Lunatic asylums Madras 1877-1891 - 1877-1891
Year: 1877
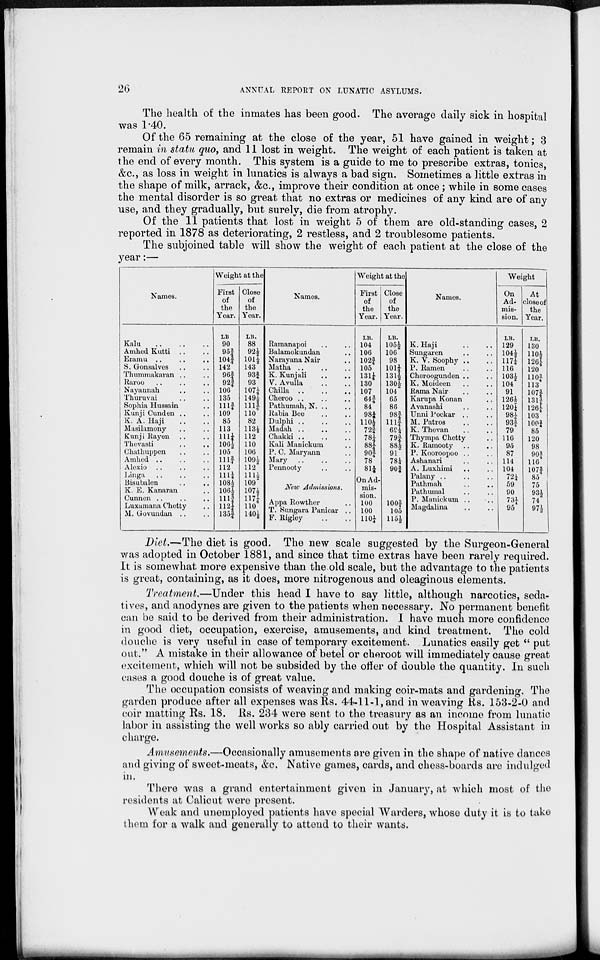
26
ANNUAL REPORT ON LUNATIC ASYLUMS.
The health of the inmates has been good. The average daily sick in hospital
was 1.40.
Of the 65 remaining at the close of the year, 51 have gained in weight; 3
remain in statu quo, and 11 lost in weight. The weight of each patient is taken at
the end of every month. This system is a guide to me to prescribe extras, tonics,
&c., as loss in weight in lunatics is always a bad sign. Sometimes a little extras in
the shape of milk, arrack, &c., improve their condition at once; while in some cases
the mental disorder is so great that no extras or medicines of any kind are of any
use, and they gradually, but surely, die from atrophy.
Of the 11 patients that lost in weight 5 of them are old-standing cases, 2
reported in 1878 as deteriorating, 2 restless, and 2 troublesome patients.
The subjoined table will show the weight of each patient at the close of the
year:—
Names.
Kalu
..
..
..
Amhed Kutti .. ..
Eramu .. .. ..
S. Gonsalves .. ..
Thummakaran .. ..
Raroo .. .. ..
Nayannah .. ..
Thuruvai .. ..
Sophia Hussain ..
Kunji Cunden .. ..
K. A. Haji .. ..
Masilamony .. ..
Kunji Rayen .. ..
Thevasti
..
..
Chathuppen .. ..
Amhed .. .. ..
Alexio .. .. ..
Linga .. .. ..
Bisubalen .. ..
K. E. Kanaran ..
Cunnen .. .. ..
Luxamana Chetty
..
M. Govundan .. ..
Weight at the
First
of
the
Year.
LB
90
95 ¾
104 ¾
142
96¾
92 ¾
106
135
111 ¾
109
85
113
111 ¼
106 ½
105
111 ¾
112
111 ¼
108 ½
106 ½
111 ¾
112 ¼
135 ¾
Close
of
the
Year.
LB.
88
92 ½
101 ½
143
93¾
93
107 ¼
149 ½
111 ¾
110
82
113 ½
112
110
106
109 ½
112
111 ½
109
107 ½
117 ¼
110
140 ½
Names.
Ramanapoi .. ..
Balamokundan ..
Narayana Nair ..
Matha
..
..
..
K. Kunjali .. ..
V. Avulla .. ..
Chilla
..
..
..
Cheroo .. .. ..
Pathumah, N. .. ..
Rabia Bee .. ..
Dulphi
..
..
..
Madah .. .. ..
Chakki .. .. ..
Kali Manickum ..
P. C. Maryann ..
Mary .. .. ..
Pennooty .. ..
New Admissions.
Appa Rowther ..
T. Sungara Panicar ..
F. Rigley .. ..
Weight at the
First
of
the
Year.
LB.
104
106
102 ¾
105
131 ¼
130
107
64 ¾
84
98 ¼
110 ½
72 ¾
78 ¼
88 ¼
90 ¾
78
81 ¼
On Ad-
mis-
sion.
100
100
110 ¼
Close
of
the
Year.
LB.
105 ½
106
98
101 ¼
131 ½
130 ½
104
65
86
98 ¾
111 ¾
69 ¼
79 ¾
88 ½
91
78 ¼
90 ¾
100 ¾
105
115 ½
Names.
K. Haji .. ..
Sungaren .. ..
K. V. Soophy .. ..
P. Ramen .. ..
Cheroogunden .. ..
K. Moideen .. ..
Rama Nair .. ..
Karupa Konan.. ..
Avanashi .. ..
Unni Pockar .. ..
M. Patros .. ..
K. Thevan .. ..
Thympa Chetty ..
K. Ramooty .. ..
P. Kooroopoo .. ..
Ashanari .. ..
A. Luxhimi .. ..
Palany .. .. ..
Pathmah .. ..
Pathumal .. ..
P. Manickum .. ..
Magdalina .. ..
Weight
On
Ad-
mis-
sion.
LB.
129
104 ½
117 ¼
116
103½
104
91
126 ½
120¼
98 ¼
93 ¾
79
116
95
87
114
104
72 ¼
59
90
73 ¼
95
At
close of
the
Year.
LB.
130
110 ½
126 ¼
120
110¾
113
107 ¾
131 ¾
126¼
103
100 ¾
85
120
98
90 ¾
116
107 ¾
85
75
93 ½
74
97 ½
Diet.—The diet is good. The new scale suggested by the Surgeon-General
was adopted in October 1881, and since that time extras have been rarely required.
It is somewhat more expensive than the old scale, but the advantage to the patients
is great, containing, as it does, more nitrogenous and oleaginous elements.
Treatment.—Under this head I have to say little, although narcotics, seda-
tives, and anodynes are given to the patients when necessary. No permanent benefit
can be said to be derived from their administration. I have much more confidence
in good diet, occupation, exercise, amusements, and kind treatment. The cold
douche is very useful in case of temporary excitement. Lunatics easily get " put
out." A mistake in their allowance of betel or cheroot will immediately cause great
excitement, which will not be subsided by the offer of double the quantity. In such
cases a good douche is of great value.
The occupation consists of weaving and making coir-mats and gardening. The
garden produce after all expenses was Rs. 44-11-1, and in weaving Rs. 153-2-0 and
coir matting Rs. 18. Rs. 234 were sent to the treasury as an income from lunatic
labor in assisting the well works so ably carried out by the Hospital Assistant in
charge.
Amusements.—Occasionally amusements are given in the shape of native dances
and giving of sweet-meats, &c. Native games, cards, and chess-boards are indulged
in.
There was a grand entertainment given in January, at which most of the
residents at Calicut were present.
Weak and unemployed patients have special Warders, whose duty it is to take
them for a walk and generally to attend to their wants.